Civil Veterinary Dept. Bombay admin report 1923-31 - 1923-1931
Year: 1923
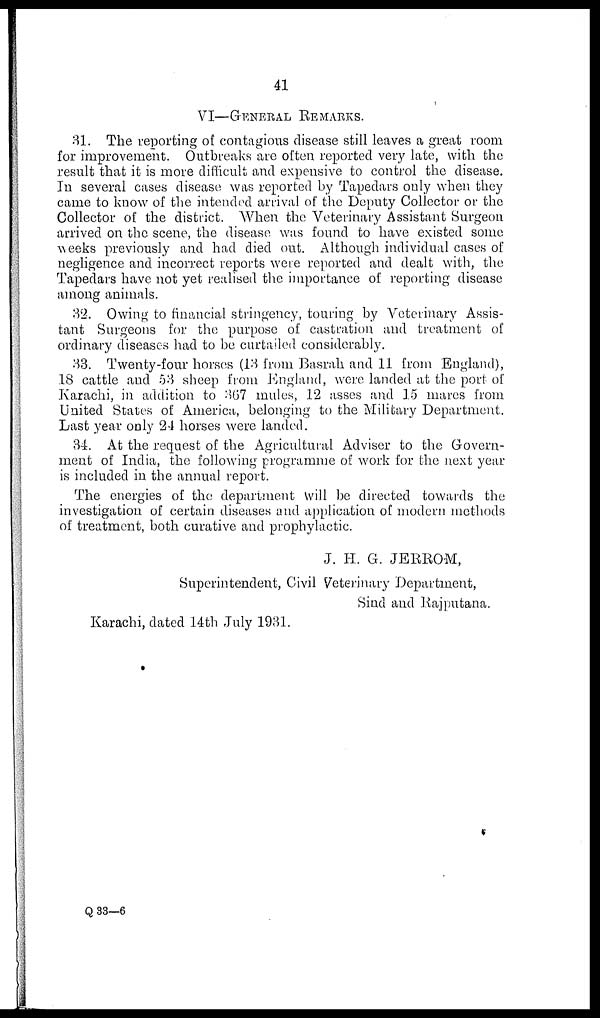
41
VI—GENERAL REMARKS.
31. The reporting of contagions disease still leaves a great room
for improvement. Outbreaks are often reported very late, with the
result that it is more difficult and expensive to control the disease.
In several cases disease was reported by Tapedars only when they
came to know of the intended arrival of the Deputy Collector or the
Collector of the district. When the Veterinary Assistant Surgeon
arrived on the scene, the disease was found to have existed some
weeks previously and had died out. Although individual cases of
negligence and incorrect reports were reported and dealt with, the
Tapedars have not yet realised the importance of reporting disease
among animals.
32. Owing to financial stringency, touring by Veterinary Assis-
tant Surgeons for the purpose of castration and treatment of
ordinary diseases had to be curtailed considerably.
33. Twenty-four horses (13 from Basrah and 11 from England),
18 cattle and 53 sheep from England, were landed at the port of
Karachi, in addition to 367 mules, 12 asses and 15 mares from
United States of America, belonging to the Military Department.
Last year only 24 horses were landed.
34. At the request of the Agricultural Adviser to the Govern-
ment of India, the following programme of work for the next year
is included in the annual report.
The energies of the department will be directed towards the
investigation of certain diseases and application of modern methods
of treatment, both curative and prophylactic.
J. H. G. JERROM,
Superintendent, Civil Veterinary Department,
Sind and Rajputana.
Karachi, dated 14th July 1931.
Q 33—6